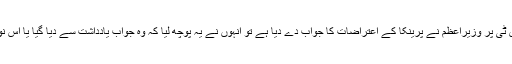
ان سے جب سوال کیا گیا نوٹ بندی اور جی ایس ٹی پر وزیراعظم نے پرینکا کے اعتراضات کا جواب دے دیا ہے تو انہوں نے یہ پوچھ لیا کہ وہ جواب یادداشت سے دیا گیا یا اس نوٹ شیٹ میں درج تھا جو آپ نے فراہم کی تھی۔